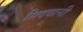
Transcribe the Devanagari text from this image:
सिदवानी